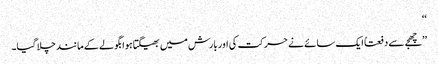
‘‘
’’چھجے سے دفعتاً ایک سائے نے حرکت کی اور بارش میں بھیگتا ہوا بگولے کے مانند چلا گیا۔